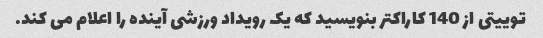
توییتی از 140 کاراکتر بنویسید که یک رویداد ورزشی آینده را اعلام می کند.